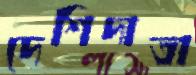
দেশিদাতা